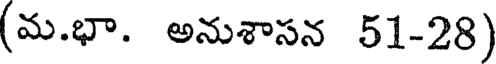
(మ.భా. అనుశాసన 51-28)